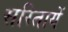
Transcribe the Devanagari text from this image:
सरितायें